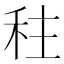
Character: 𮂿